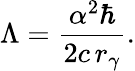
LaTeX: \Lambda=\frac{\alpha^{2}\hbar}{2c\, r_{\gamma}}.